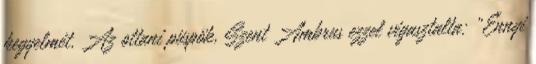
kegyelmét. Az ottani püspök, Szent Ambrus ezzel vigasztalta: „Ennyi